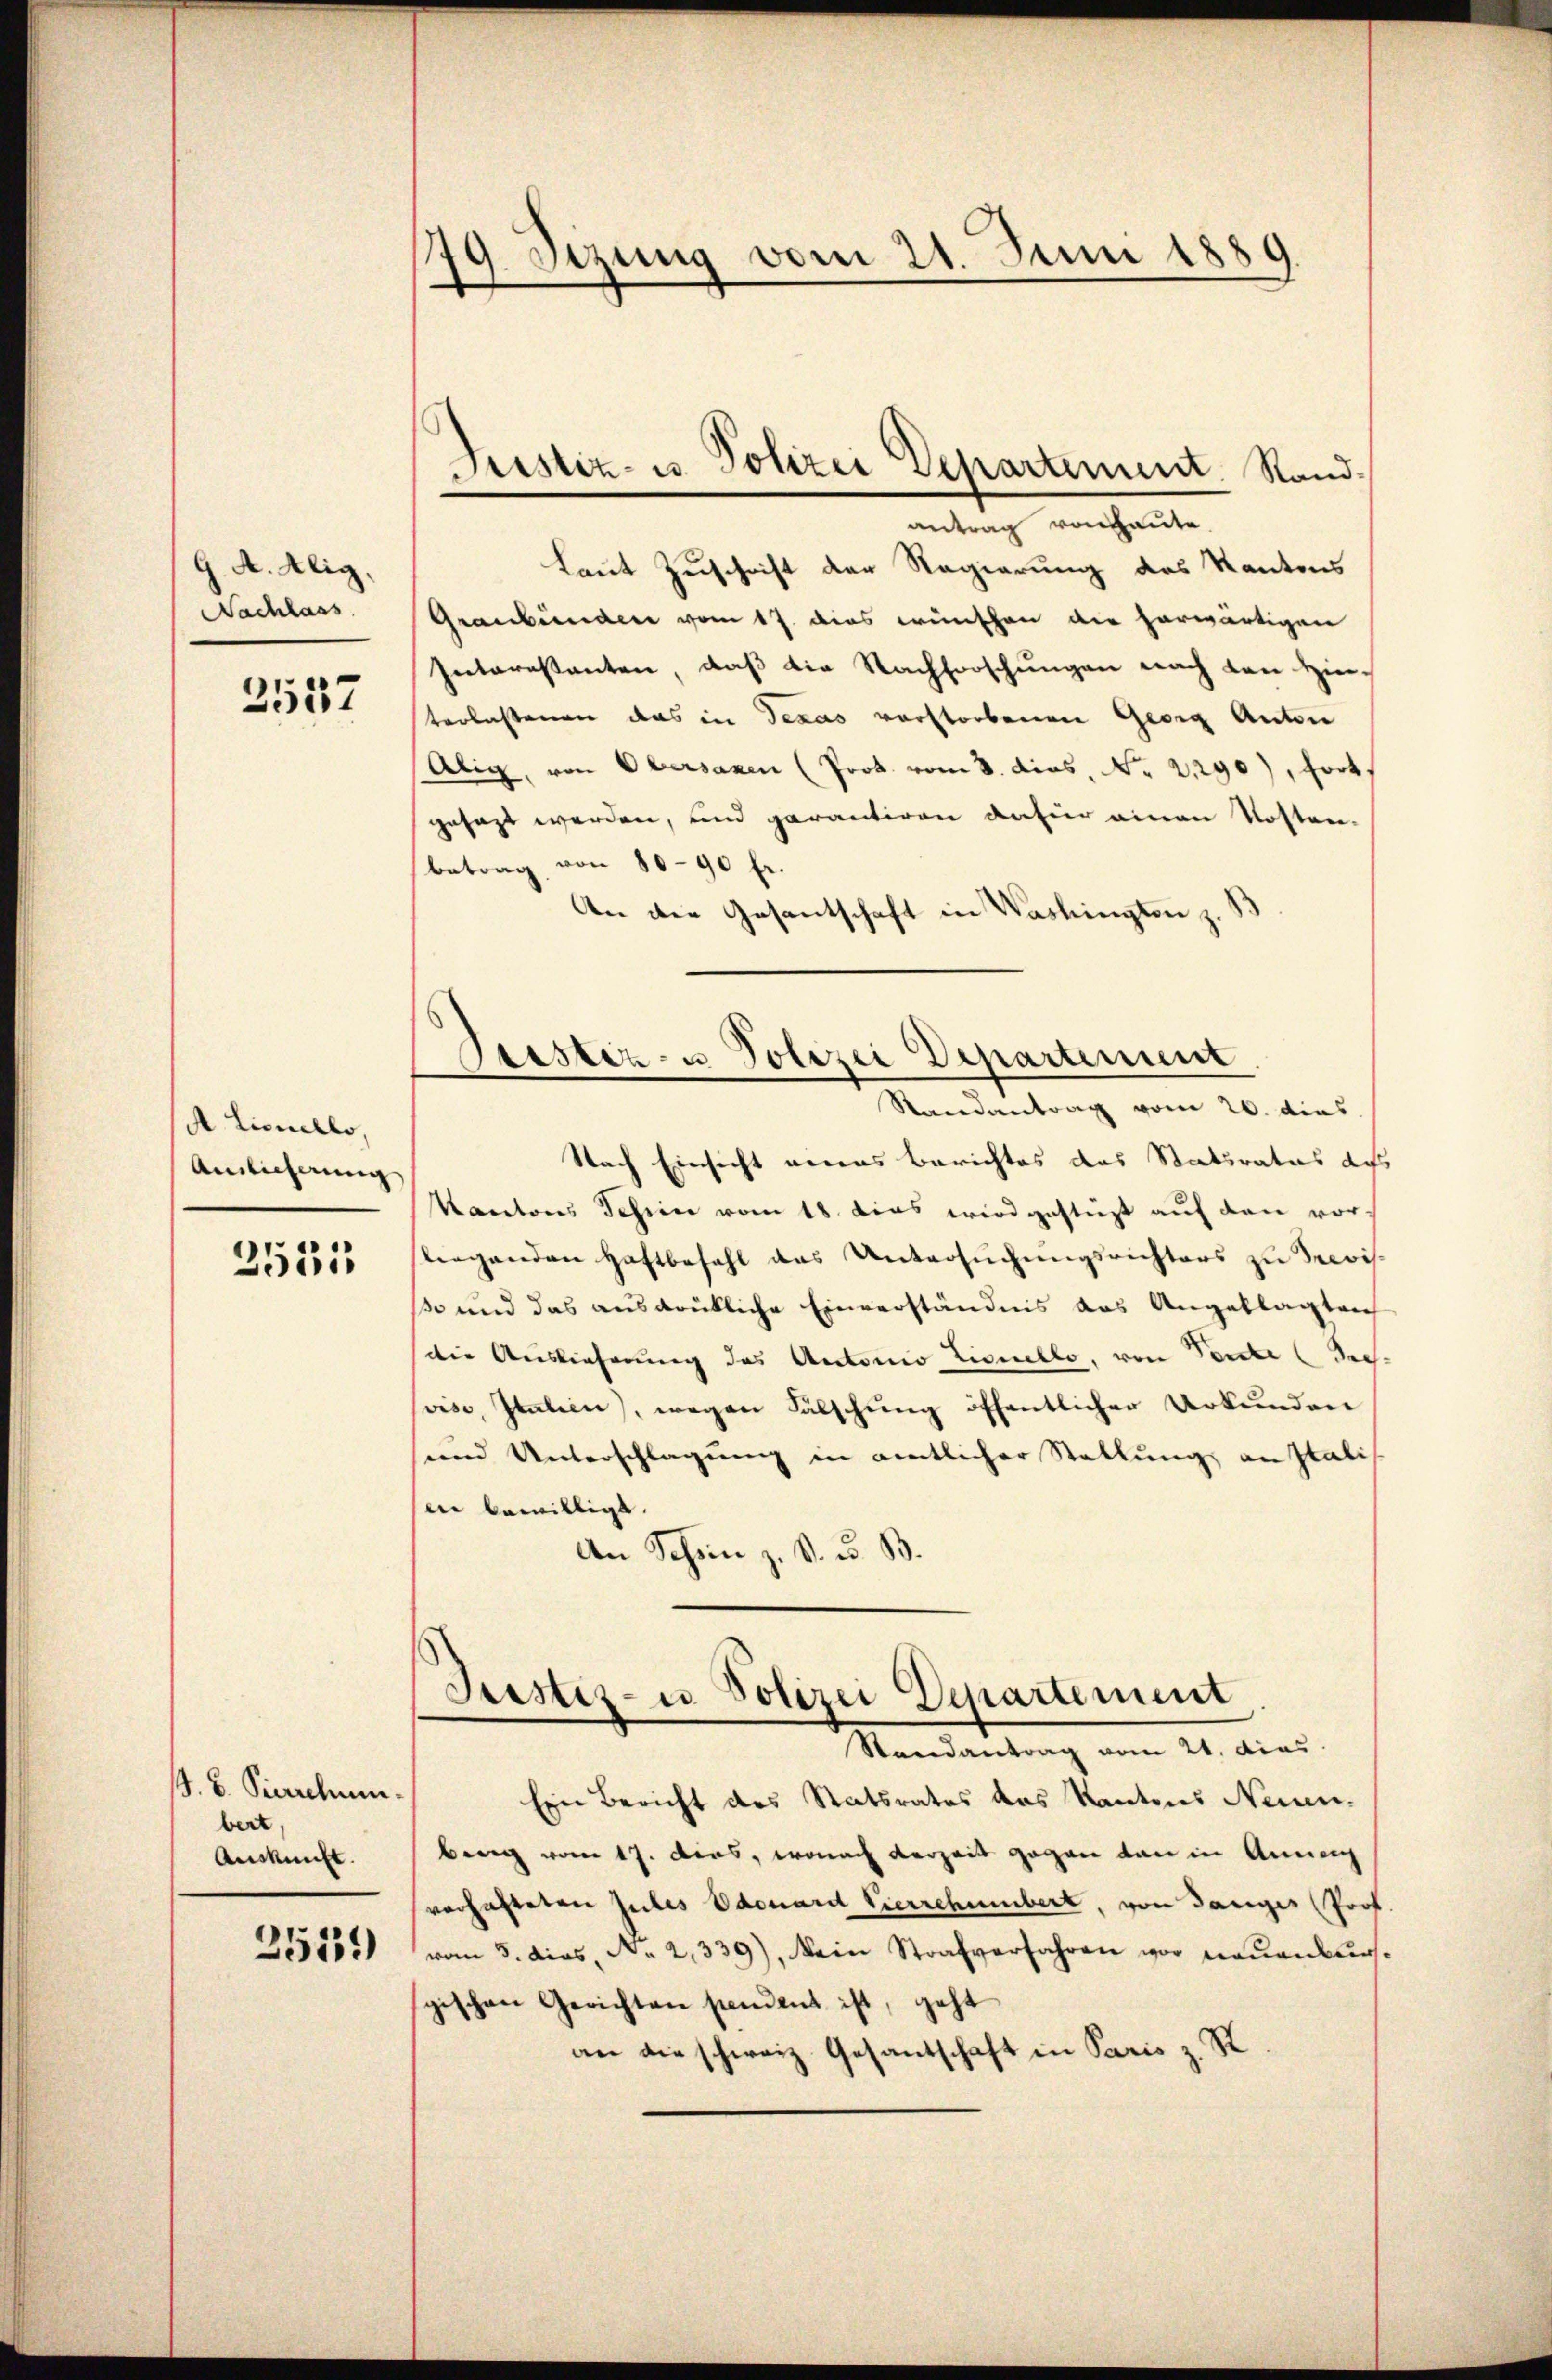
J. A. Alig,
Nachlass

2557

A. Lionello,
Amlicherung

3531

S. B. Pierrchum.
bert
Auskunft.

2539

79. Sizung vom 21. Juni 1889
e

Justiz- u. Polizei Departement. Sand¬

Geistiz- u Polizei Departement
Randantrag vom 20. dies

antrag von heute.
Laut Zuschrift der Regierung des Kantons
Graubünden vom 17. dies wünschen die herwärtigen
Intarestanten, daß die Nachforschungen nach den Hinterlassenen das in Texas verstorbenen Georg Anton
Alig, von Obersaxen (Prok. vom 8. dies, No. 21290), forts
gesagt werden, und garantiren dafür einen Kosten-
betrag von 8090 fr.
An die Gesantschaft in Washington z.
Nach Einsicht verens Berichtes das Staturatus des
Kantons Schein vom 18. dies wird gestürzt auf den vorliegenden Haftbefehl das Untersŭchŭngsrichters zu Revis
so und das ausdrükliche Einverständnis das Angeklagten
die Auslieferung des Antonio Lionello, von Tante (dres.
vise, Italien), wegen Fälschung öffentlicher Urkunden
und Unterschlagung in amtlicher Stellung an Italis
en bewilligt.
An Schön z. S. u. B.
Justiz- u Polizei Departement
Randantrag vom 24. dies
Ein Bericht des Statsrates das Kantons Neuenberg vom 17. ders, wonach verzeit gegen dan in Anna
verhafteten Jules Odouard Vierrchubert, von Ganges Prof
vom 5. dies, No. 2339), ein Strafverfahren vor neuenburg,
spischen Gerichten stament ist, geht
an die schweiz. Gesandschaft in Paris z. S.